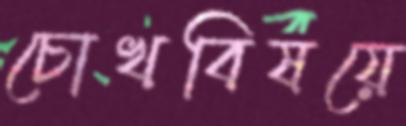
চোখবিষয়ে